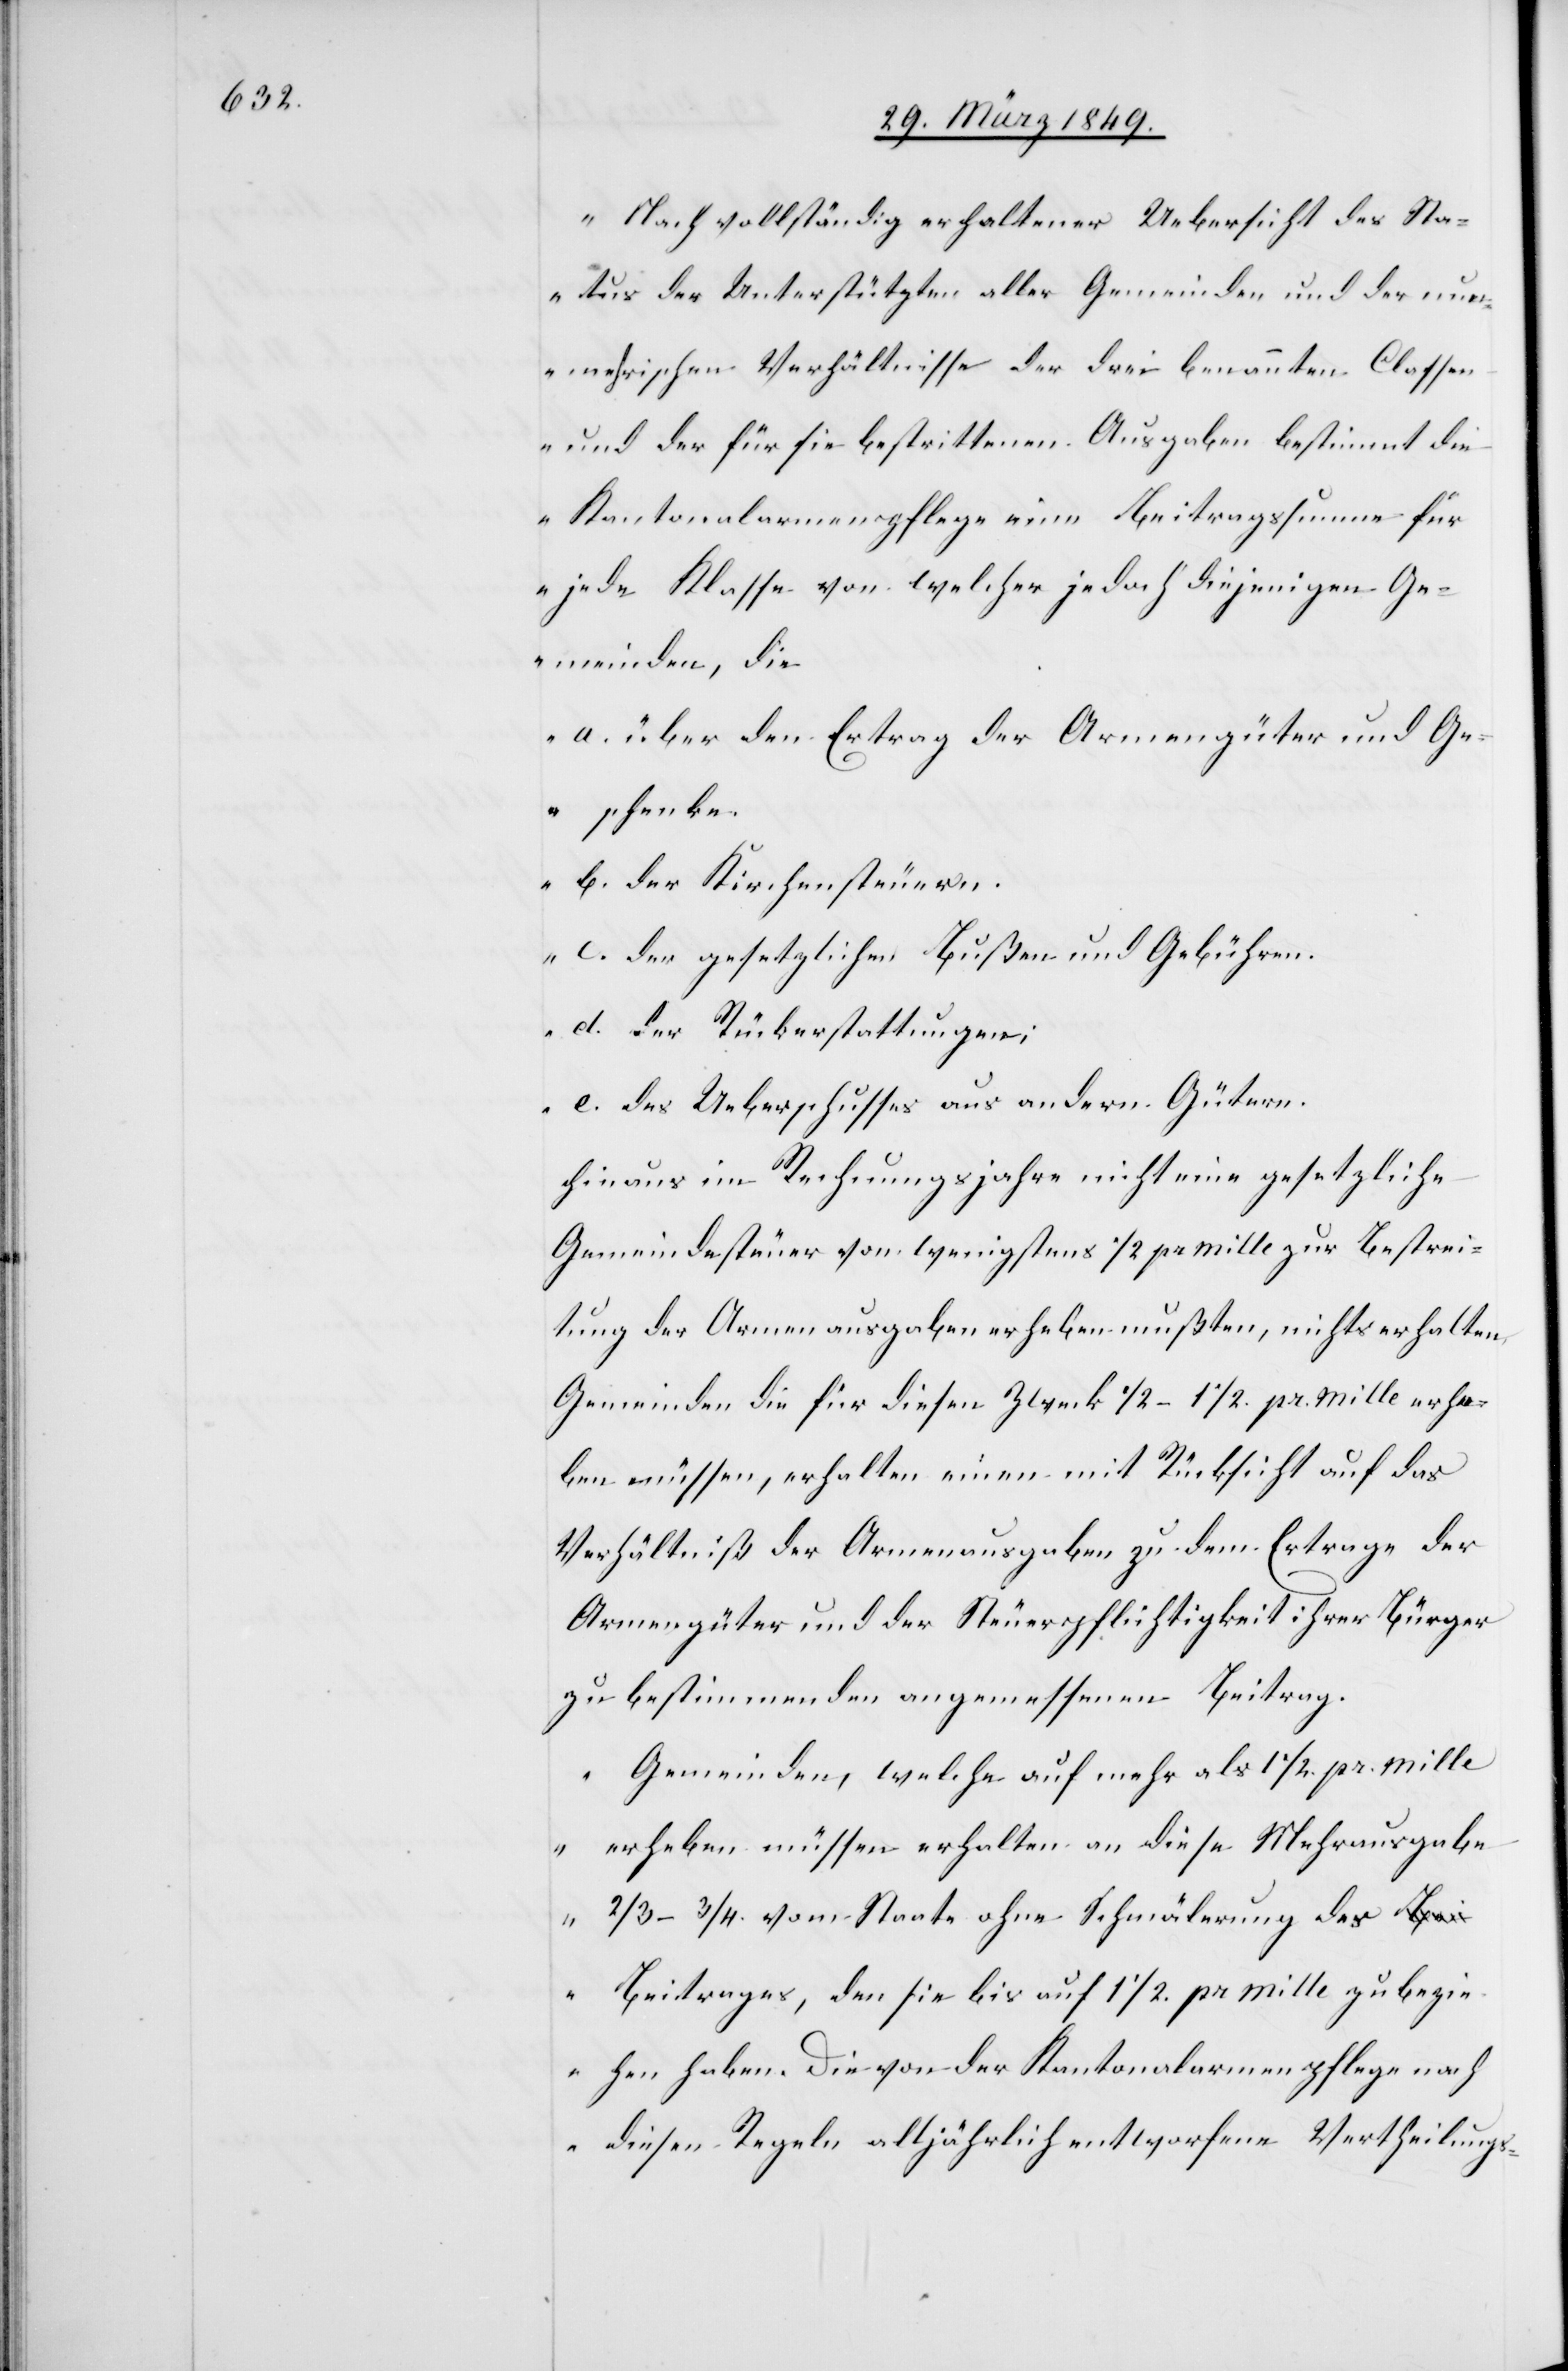
„Nach vollständig erhaltener Uebersicht des Sta¬
tus der Unterstützten aller Gemeinden und der num¬
mehrischen Verhältnisse der drei benannten Classen
und der für sie bestrittenen Ausgaben bestimmt die
Kantonalarmenpflege eine Beitragssumme für
jede Klasse von welcher jedoch diejenigen Ge¬
meinden, die
a. über den Ertrag der Armengüter und Ge¬
schenke.
b. der Kirchensteuer.
c. der gesetzlichen Bußen und Gebühren.
d. der Rückerstattungen;
e. des Ueberschusses aus andern Gütern.
hinaus im Rechnungsjahr nicht eine gesetzliche
Gemeindesteuer von wenigstens 1/2 pr mille zur Bestrei¬
tung der Armenausgaben erheben mußten, nichts erhalten.
Gemeinden die für diesen Zweck 1/2 bis 1 1/2. pr. mille erhe¬
ben müssen, erhalten einen mit Rücksicht auf das
Verhältniß der Armenausgaben zu dem Ertrage der
Armengüter und der Steuerpflichtigkeit ihrer Bürger
zu bestimmenden angemessenen Beitrag.
Gemeinden, welche auf mehr als 1 1/2. pr. mille
erheben müssen erhalten an diese Mehrausgabe
2/3–3/4. vom Staate ohne Schmälerung des B¬
eitrages, den sie bis auf 1 1/2. pr mille zu bezie¬
hen haben. Die von der Kantonalarmenpflege nach
diesen Regeln alljährlich entworfene Vertheilungs-